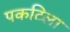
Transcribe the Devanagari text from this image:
पकटिला